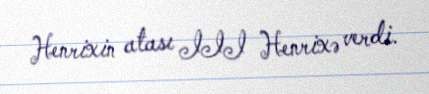
Henrixin atası III Henrixə verdi.